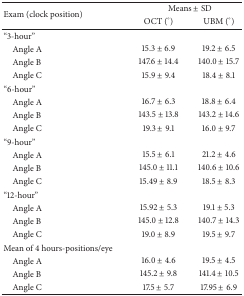
<table><thead><tr><td rowspan="2"><b>Exam (clock position)</b></td><td colspan="2"><b>Means ± SD</b></td></tr><tr><td><b>OCT (°)</b></td><td><b>UBM (°)</b></td></tr></thead><tbody><tr><td>“3-hour” </td><td> </td><td> </td></tr><tr><td> Angle A</td><td>15.3 ± 6.9</td><td>19.2 ± 6.5</td></tr><tr><td> Angle B</td><td>147.6 ± 14.4</td><td>140.0 ± 15.7</td></tr><tr><td> Angle C</td><td>15.9 ± 9.4</td><td>18.4 ± 8.1</td></tr><tr><td>“6-hour”</td><td> </td><td> </td></tr><tr><td> Angle A</td><td>16.7 ± 6.3</td><td>18.8 ± 6.4</td></tr><tr><td> Angle B</td><td>143.5 ± 13.8</td><td>143.2 ± 14.6</td></tr><tr><td> Angle C</td><td>19.3 ± 9.1</td><td>16.0 ± 9.7</td></tr><tr><td>“9-hour”</td><td> </td><td> </td></tr><tr><td> Angle A</td><td>15.5 ± 6.1</td><td>21.2 ± 4.6</td></tr><tr><td> Angle B</td><td>145.0 ± 11.1</td><td>140.6 ± 10.6</td></tr><tr><td> Angle C</td><td>15.49 ± 8.9</td><td>18.5 ± 8.3</td></tr><tr><td>“12-hour”</td><td> </td><td> </td></tr><tr><td> Angle A</td><td>15.92 ± 5.3</td><td>19.1 ± 5.3</td></tr><tr><td> Angle B</td><td>145.0 ± 12.8</td><td>140.7 ± 14.3</td></tr><tr><td> Angle C</td><td>19.0 ± 8.9</td><td>19.5 ± 9.7</td></tr><tr><td>Mean of 4 hours-positions/eye</td><td> </td><td> </td></tr><tr><td> Angle A</td><td>16.0 ± 4.6</td><td>19.5 ± 4.5</td></tr><tr><td> Angle B</td><td>145.2 ± 9.8</td><td>141.4 ± 10.5</td></tr><tr><td> Angle C</td><td>17.5 ± 5.7</td><td>17.95 ± 6.9</td></tr></tbody></table>